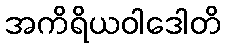
အကိရိယဝါဒေါတိ